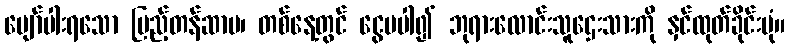
ပျော်ပါးရသော ပြည့်တန်ဆာမ၊ တစ်နေ့တွင် ငွေမပါ၍ ဘုရားလောင်းသူဌေးသားကို နှင်ထုတ်ခိုင်းပုံ။